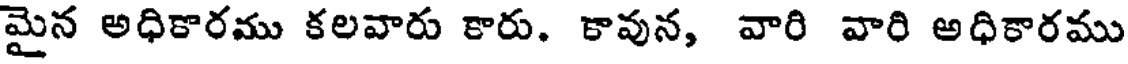
మైన అధికారము కలవారు కారు. కావున, వారి వారి అధికారము